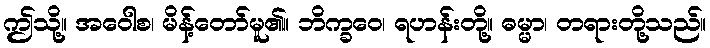
ဤသို့။ အဝေါစ၊ မိန့်တော်မူ၏။ ဘိက္ခဝေ၊ ရဟန်းတို့။ ဓမ္မာ၊ တရားတို့သည်။